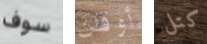
سوف أوقن كتل